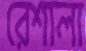
রেশালা